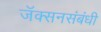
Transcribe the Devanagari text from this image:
जॅक्सनसंबंधी